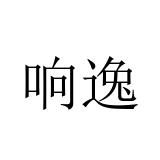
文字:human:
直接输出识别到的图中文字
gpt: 响逸